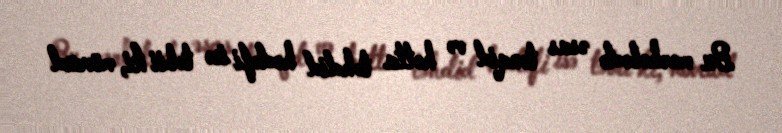
Bu mərhələdə əsas tənqid və hətta təhdid hədəfi isə təbii ki, mövcud